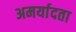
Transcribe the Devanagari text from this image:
अमर्यादता